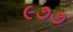
૯૭૭